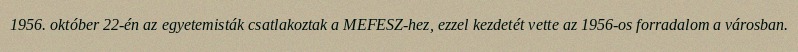
1956. október 22-én az egyetemisták csatlakoztak a MEFESZ-hez, ezzel kezdetét vette az 1956-os forradalom a városban.